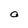
Character: O